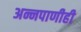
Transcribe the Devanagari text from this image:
अन्नपाणीही